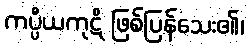
ကပ္ပိယကုဋိ ဖြစ်ပြန်သေး၏၊